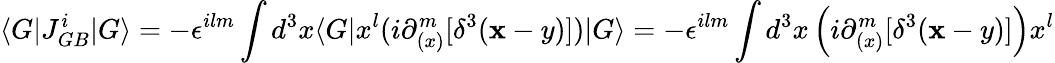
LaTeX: \langle G\vert J_{GB}^{i}\vert G\rangle=-\epsilon^{ilm}\int d^{3}x\langle G\vert x^{l}(i\partial_{(x)}^{m}[\delta^{3}({\mathbf x-y})])\vert G\rangle=-\epsilon^{ilm}\int d^{3}x\left(i\partial_{(x)}^{m}[\delta^{3}({\mathbf x-y})]\right)x^{l}